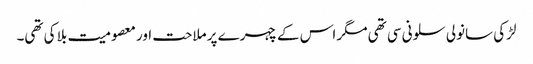
لڑکی سانولی سلونی سی تھی مگر اس کے چہرے پر ملاحت اور معصومیت بلا کی تھی۔